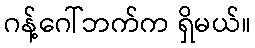
ဂန့်ဂေါ်ဘက်က ရှိမယ်။